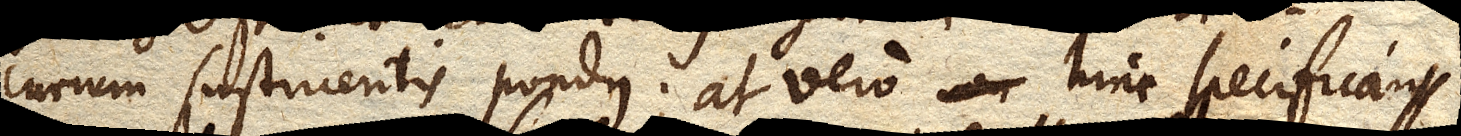
curium sustinentis pondus; at vero hinc specifica